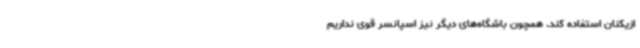
ازیکنان استفاده کند. همچون باشگاه‌های دیگر نیز اسپانسر قوی نداریم